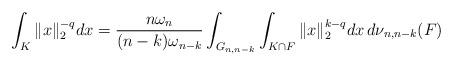
LaTeX: \begin{align*}\int_K\|x\|_2^{-q}dx=\frac{n\omega_n}{(n-k)\omega_{n-k}}\int_{G_{n,n-k}}\int_{K\cap F}\|x\|_2^{k-q}dx\,d\nu_{n,n-k}(F)\end{align*}